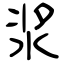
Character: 浆